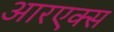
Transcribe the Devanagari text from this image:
आरएक्स